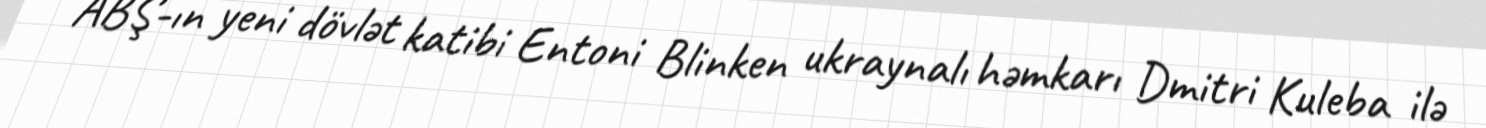
ABŞ-ın yeni dövlət katibi Entoni Blinken ukraynalı həmkarı Dmitri Kuleba ilə